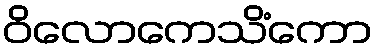
ဝိလောကေသိံကော